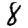
Digit: 8